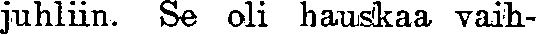
juhliin. Se oli hauskaa vaih-